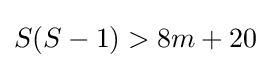
S(S-1)>8m+20